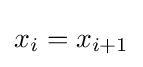
x_{i}=x_{i+1}